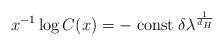
LaTeX: \begin{align*}x^{-1} \log{C(x)} = - \; \mbox{\rm const} \;\delta \lambda^{1 \over {d_H}} \end{align*}